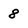
Character: 8